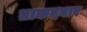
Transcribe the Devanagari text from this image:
ताकदवार